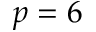
p = 6